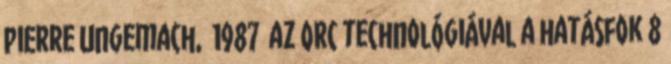
Pierre Ungemach, 1987 az ORC technológiával a hatásfok 8